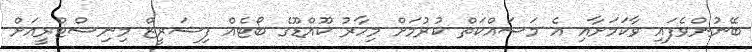
ބޭނުންވެފައި ވާކަމަށާއި އެ މަސައްކަތް ކުރުމަށް މިހާރު ކޫއްޑޫގެ ބޯޓެއް ފިޝަރީޒް މިނިސްޓްރީއަށް